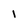
Character: 1